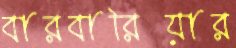
বারবারিয়ার